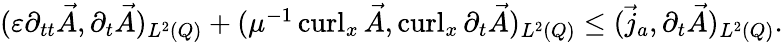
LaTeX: \begin{array}{r}{(\varepsilon\partial_{tt}\vec{A},\partial_{t}\vec{A})_{L^{2}(Q)}+(\mu^{-1}\operatorname{curl}_{x}\vec{A},\operatorname{curl}_{x}\partial_{t}\vec{A})_{L^{2}(Q)}\leq(\vec{j}_{a},\partial_{t}\vec{A})_{L^{2}(Q)}.}\end{array}